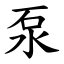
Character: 泵